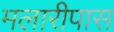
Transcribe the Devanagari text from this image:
मलारीपास